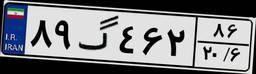
۸۹گ۴۶۲۸۶